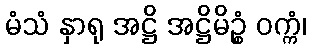
မံသံ နှာရု အဋ္ဌိ အဋ္ဌိမိဉ္စံ ဝက္ကံ၊